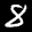
Label: 8